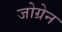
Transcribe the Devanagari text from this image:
जोग्रेन